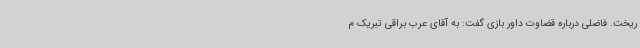
ریخت. فاضلی درباره قضاوت داور بازی گفت: به آقای عرب براقی تبریک م